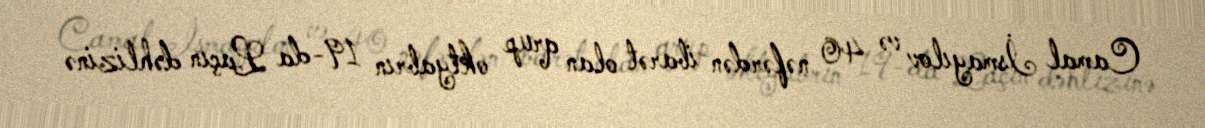
Camal İsmayılov və 40 nəfərdən ibarət olan qrup oktyabrın 19-da Laçın dəhlizinə